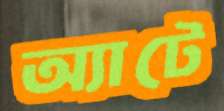
অ্যাটে